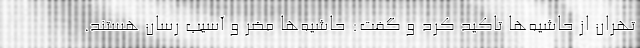
تهران از حاشیه‌ها تاکید کرد و گفت: حاشیه‌ها مضر و آسیب رسان هستند.